Veterinary [1909] -
Year: 1909
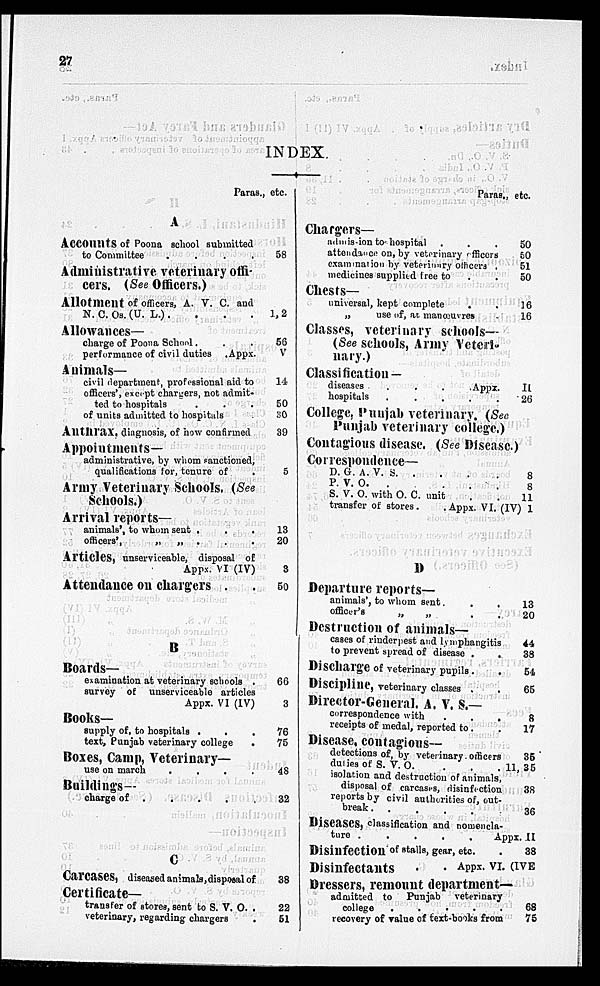
27
INDEX
Paras., etc.
A
Accounts of Poona school submitted
to Committee
.
.
.
.
Administrative veterinary offi-
cers. (See Officers.)
Allotment of officers, A. V. C. and
N. C. Os. (U. L.). . . .
Allowances—
charge of Poona School. . .
performance of civil duties .Appx.
Animals—
civil department, professional aid to
officers', except charters, not admit-
ted to hospitals . . .
of units admitted to hospitals .
Anthrax. diagnosis, of how confirmed
Appointments—
administrative, by whom sanctioned,
qualifications for, tenure of .
Army Veterinary Schools, (See
Schools.)
Arrival reports—
animals', to whom sent . . .
officers',
„ „ . . .
Articles, unserviceable, disposal of
Appx. VI (IV)
Attendance on chargers . .
B
Boards—
examination at veterinary schools .
survey of unserviceable articles
Appx. VI (IV)
Books—
supply of, to hospitals . . .
text, Punjab veterinary college
.
Boxes, Camp, Veterinary—
use on march
.
.
.
.
Buildings—
charge of . . . . .
C
Carcases, diseased animals, disposal of
Certificate-
transfer of stores, sent to S. V. O. .
veterinary, regarding chargers
58
1,2
56
V
14
50
30
39
5
13
20
3
50
66
3
76
75
48
32
38
22
51
Paras., etc.
Chargers—
admission to hospital . .
attendance on, by veterinary officers
examination by veterinary officers .
medicines supplied free to . .
Chests—
universal, kept complete . .
„
use of, at manœuvres
Classes, veterinary schools—
(See schools, Army Veteri-
nary.)
Classification —
diseases
.
.
.
Appx.
hospitals
.
.
.
.
.
College, Punjab veterinary. (See
Punjab veterinary college.)
Contagious disease. (See Disease.)
Correspondence—
D. G. A. V.
S.
.
.
.
P. V.
O.
.
.
.
.
S. V. O. with O. C. unit . .
transfer of stores.
.Appx. VI. (IV)
D
Departure reports—
animals', to whom sent .
.
.
officer's
„
„
. .
Destruction of animals—
cases of rinderpest and lymphangitis
to prevent spread of disease . .
Discharge of veterinary pupils . .
Discipline, veterinary classes . .
Director-General. A. V. S.—
correspondence with
.
.
.
receipts of medal, reported to . .
Disease, contagions—
detections of, by veterinary officers
duties of S. V. O. .
.
.
isolation and destruction of animals,
disposal of carcases, disinfection
reports by civil authorities of, out-
break .
.
.
.
Diseases, classification and nomencla-
ture .
.
.
.
.
Appx
Disinfection of stalls, gear, etc.
Disinfectants . . Appx. (IVE
Dressers, remount department-
admitted to Punjab veterinary
college
.
. . . .
recovery of value of text-books from
50
50
51
50
16
16
II
26
8
8
11
1
13
20
44
38
54
65
8
17
35
11,35
38
36
11
38
68
75